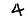
Digit: 4